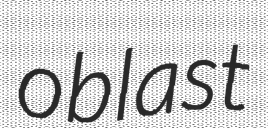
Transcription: oblast